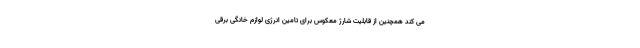
می کند همچنین از قابلیت شارژ معکوس برای تامین انرژی لوازم خانگی برقی